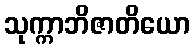
သုက္ကာဘိဇာတိယော